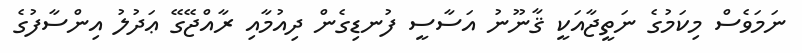
ނަމަވެސް މިކަމުގެ ނަތީޖާއަކީ ޤާނޫނު އަސާސީ ފުނޑިގެން ދިއުމާއި ރާއްޖޭގޭ ޢަދުލު އިންސާފުގެ